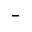
-